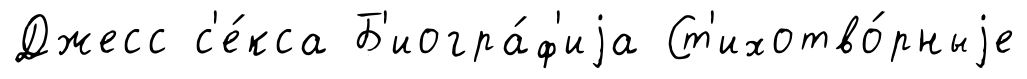
Джесс с'е́кса Б'иогра́ф'иjа Ст'ихотво́рныjе